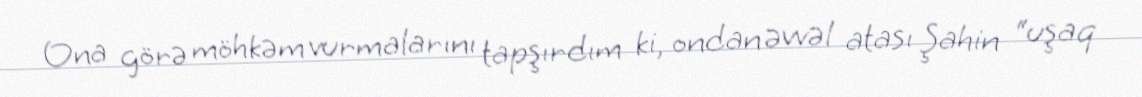
Ona görə möhkəm vurmalarını tapşırdım ki, ondan əvvəl atası Şahin “uşaq